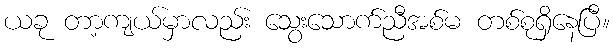
ယခု တာ့ကျယ်မှာလည်း သွေးသောက်ညီအစ်မ တစ်စုရှိနေပြီ။